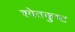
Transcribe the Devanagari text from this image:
श्वेतकुष्ट